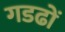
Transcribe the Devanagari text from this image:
गडढों